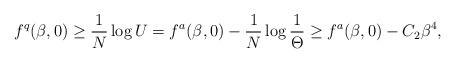
LaTeX: \begin{align*} f^q(\beta,0) \geq \frac{1}{N}\log U = f^a(\beta,0) - \frac{1}{N}\log \frac{1}{\Theta} \geq f^a(\beta,0) - C_2\beta^4,\end{align*}